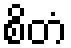
စိတံ